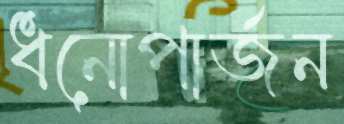
ধনোপার্জন